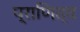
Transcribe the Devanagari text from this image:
प्राणित्व